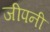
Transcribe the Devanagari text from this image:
जीपनी